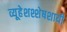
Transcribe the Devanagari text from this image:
व्यूहेशश्शेषशायी